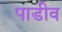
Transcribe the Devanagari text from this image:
पाडीव